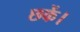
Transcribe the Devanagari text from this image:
छकें।